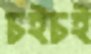
চইচই